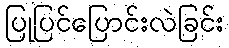
ပြုပြင်ပြောင်းလဲခြင်း